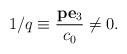
LaTeX: \begin{align*}1/q\equiv{{\bf p}{\bf e}_3\over c_0}\neq 0.\end{align*}